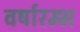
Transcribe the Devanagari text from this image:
वर्षारम्भ